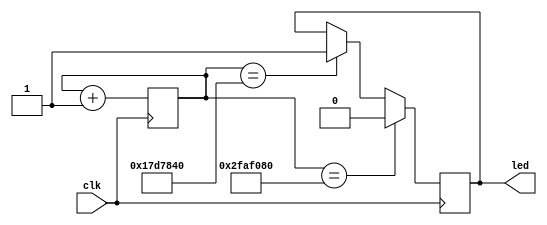
`timescale 1ns / 1ps
//////////////////////////////////////////////////////////////////////////////////
// Company: 
// Engineer: 
// 
// Design Name: 
// Module Name:    blink 
// Project Name: 
// Target Devices: 
// Tool versions: 
// Description: 
//
// Dependencies: 
//
// Revision: 
// Revision 0.01 - File Created
// Additional Comments: 
//
//////////////////////////////////////////////////////////////////////////////////
`define OFF_TIME 25000000
`define ON_TIME  50000000
module blink(clk,led
    );
input clk;
output led;
reg led;
reg [26:0] counter;
initial counter=0;
initial led=0;
always @(posedge clk) begin
        if(counter== `OFF_TIME) begin
        led<=1;
        end
        if(counter==`ON_TIME) begin
        led<=0;
        counter<=0;
        end
        counter<=counter+1;
end
endmodule